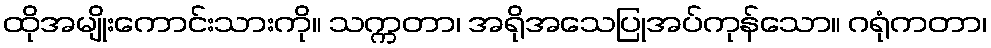
ထိုအမျိုးကောင်းသားကို။ သက္ကတာ၊ အရိုအသေပြုအပ်ကုန်သော။ ဂရုံကတာ၊